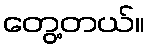
တွေ့တယ်။